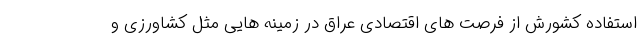
استفاده کشورش از فرصت های اقتصادی عراق در زمینه هایی مثل کشاورزی و